Juuru_vallavalitsus, lk 3
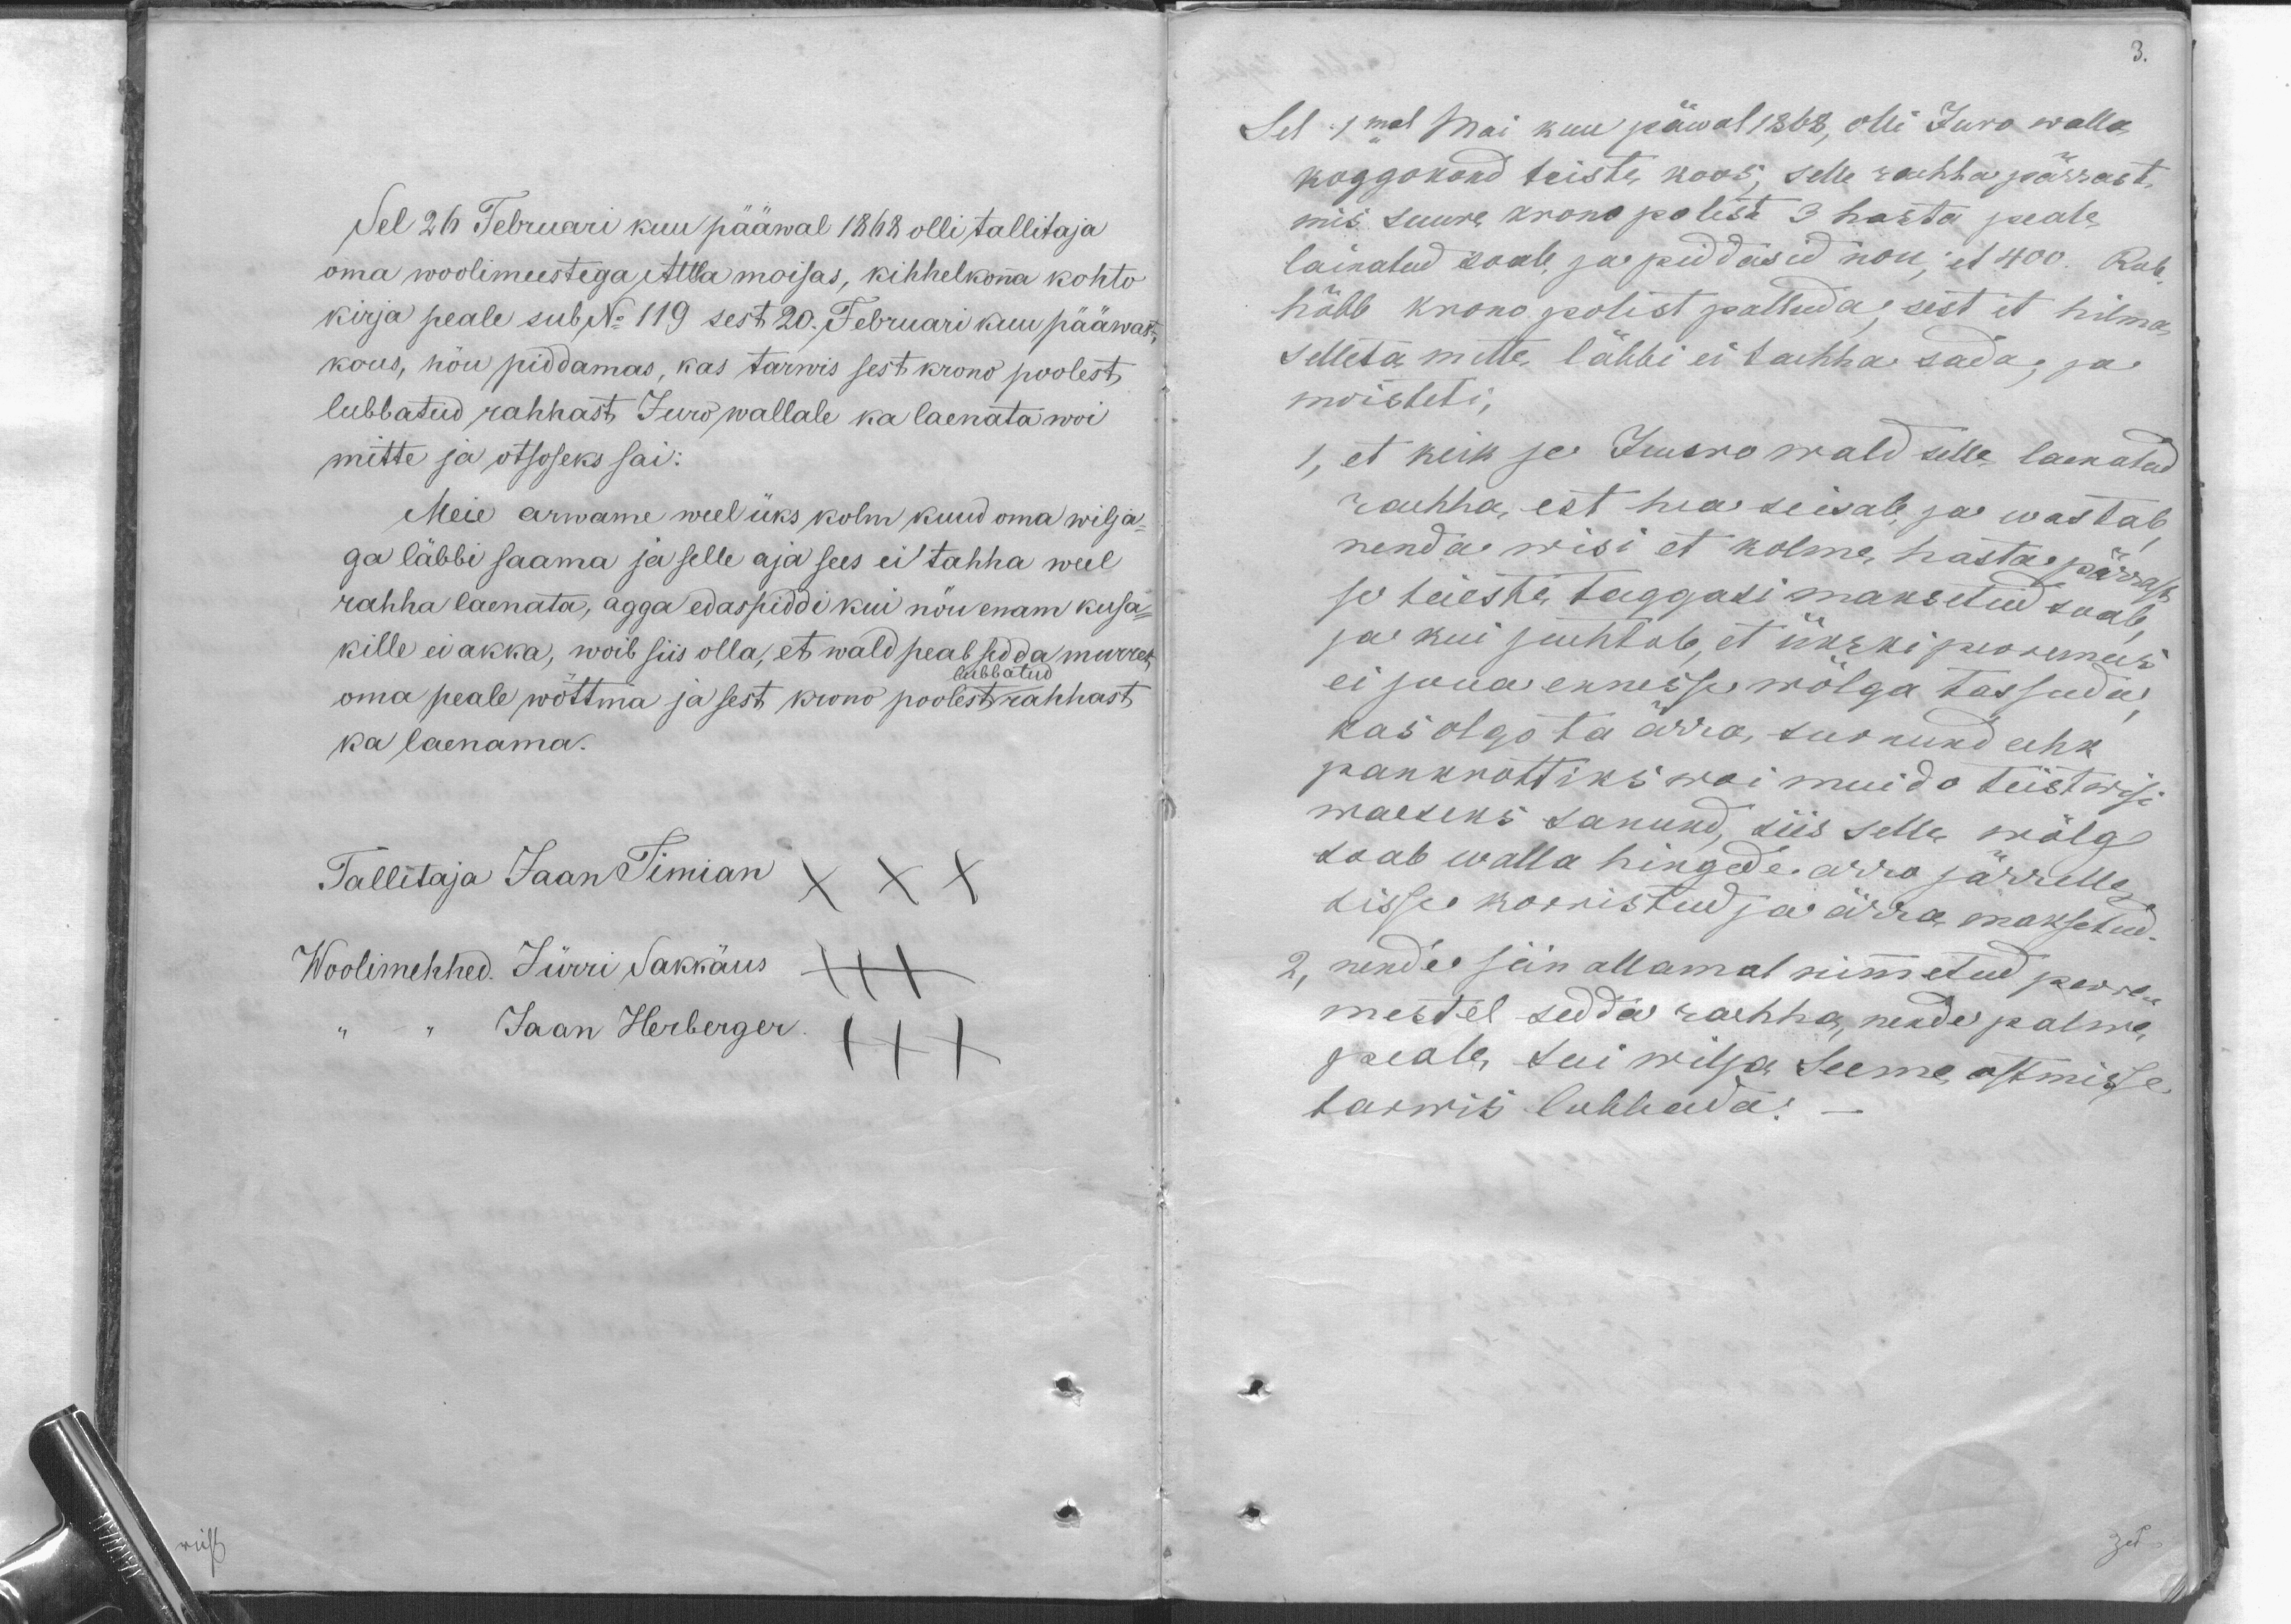
3.

Sel 26 Februari kuu pääwal 1868 olli tallitaja
oma woolimeestega, Attla moisas, kihhelkona kohto
kirja peale sub No 119 sest 20. Februari kuu pääwast,
kous, nõu piddamas, kas tarwis sest krono poolest
lubbatud rahhast, Juro wallale ka laenata woi
mitte ja otsoseks sai:
Meie arwame weel üks kolm kuud oma wilja-
ga läbbi saama ja selle aja sees ei tahha weel
rahha laenata, agga edaspiddi kui nõu enam kusa-
kille ei akka, woib siis olla, et wald peab sedda murret
lubbatud
oma peale wõttma ja sest krono poolest rahhast
ka laenama.
Tallitaja Jaan Timian
Woolimehhed. Jürri Sakkäus
Jaan Herberger

Sel 1mal Mai kuu päwal 1868, olli Juro walla
koggokond teiste koos; selle rahha pärrast
mis suure krono polest 3 hasta peale
lainatud saab, ja piddasid nou, et 400. Rub.
höbb krono kolist palluda; sest et hilma
selleta mitte läbbi ei taehha sada; ja
moisteti,
1, et keik se Juuro wald selle laenatud
raehha est hea seisab, ja wastab,
nenda wisi et kolme hasta pärrast
se teieste taggasi maksetud saab
ja kui juehtab, et ükski perremees
ei joua ennesse wõlga tassuda;
kas olgo ta ärra surnund eehk
pankrottiks woi muido teistwisi
waeseks sanund, siis selle wõlg
saab walla hingede arra järrelle
sisse korristud ja ärra maksetud.
2, nende siin allamal nimetud perre-
mestel sedda raehha, nende palwe
peale sui wilja Seeme ostmisse
tarwis lubbada.